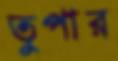
তুপার